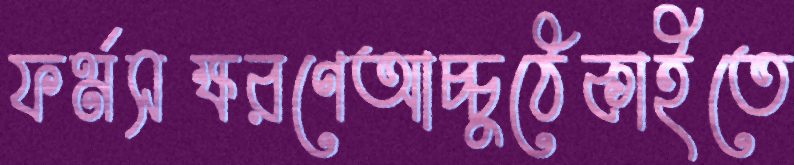
ফর্মসক্ষরণেআচ্চুঠেকাইতে